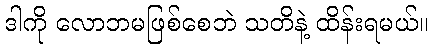
ဒါကို လောဘမဖြစ်စေဘဲ သတိနဲ့ ထိန်းရမယ်။